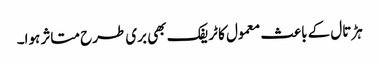
ہڑتال کے باعث معمول کا ٹریفک بھی بری طرح متاثر ہوا۔